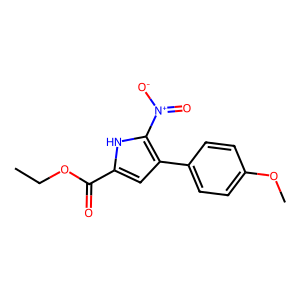
SMILES: CCOC(=O)c1cc(-c2ccc(OC)cc2)c([N+](=O)[O-])[nH]1
Inhibits HIV replication: No